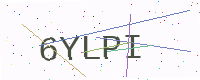
Text: 6YLPI